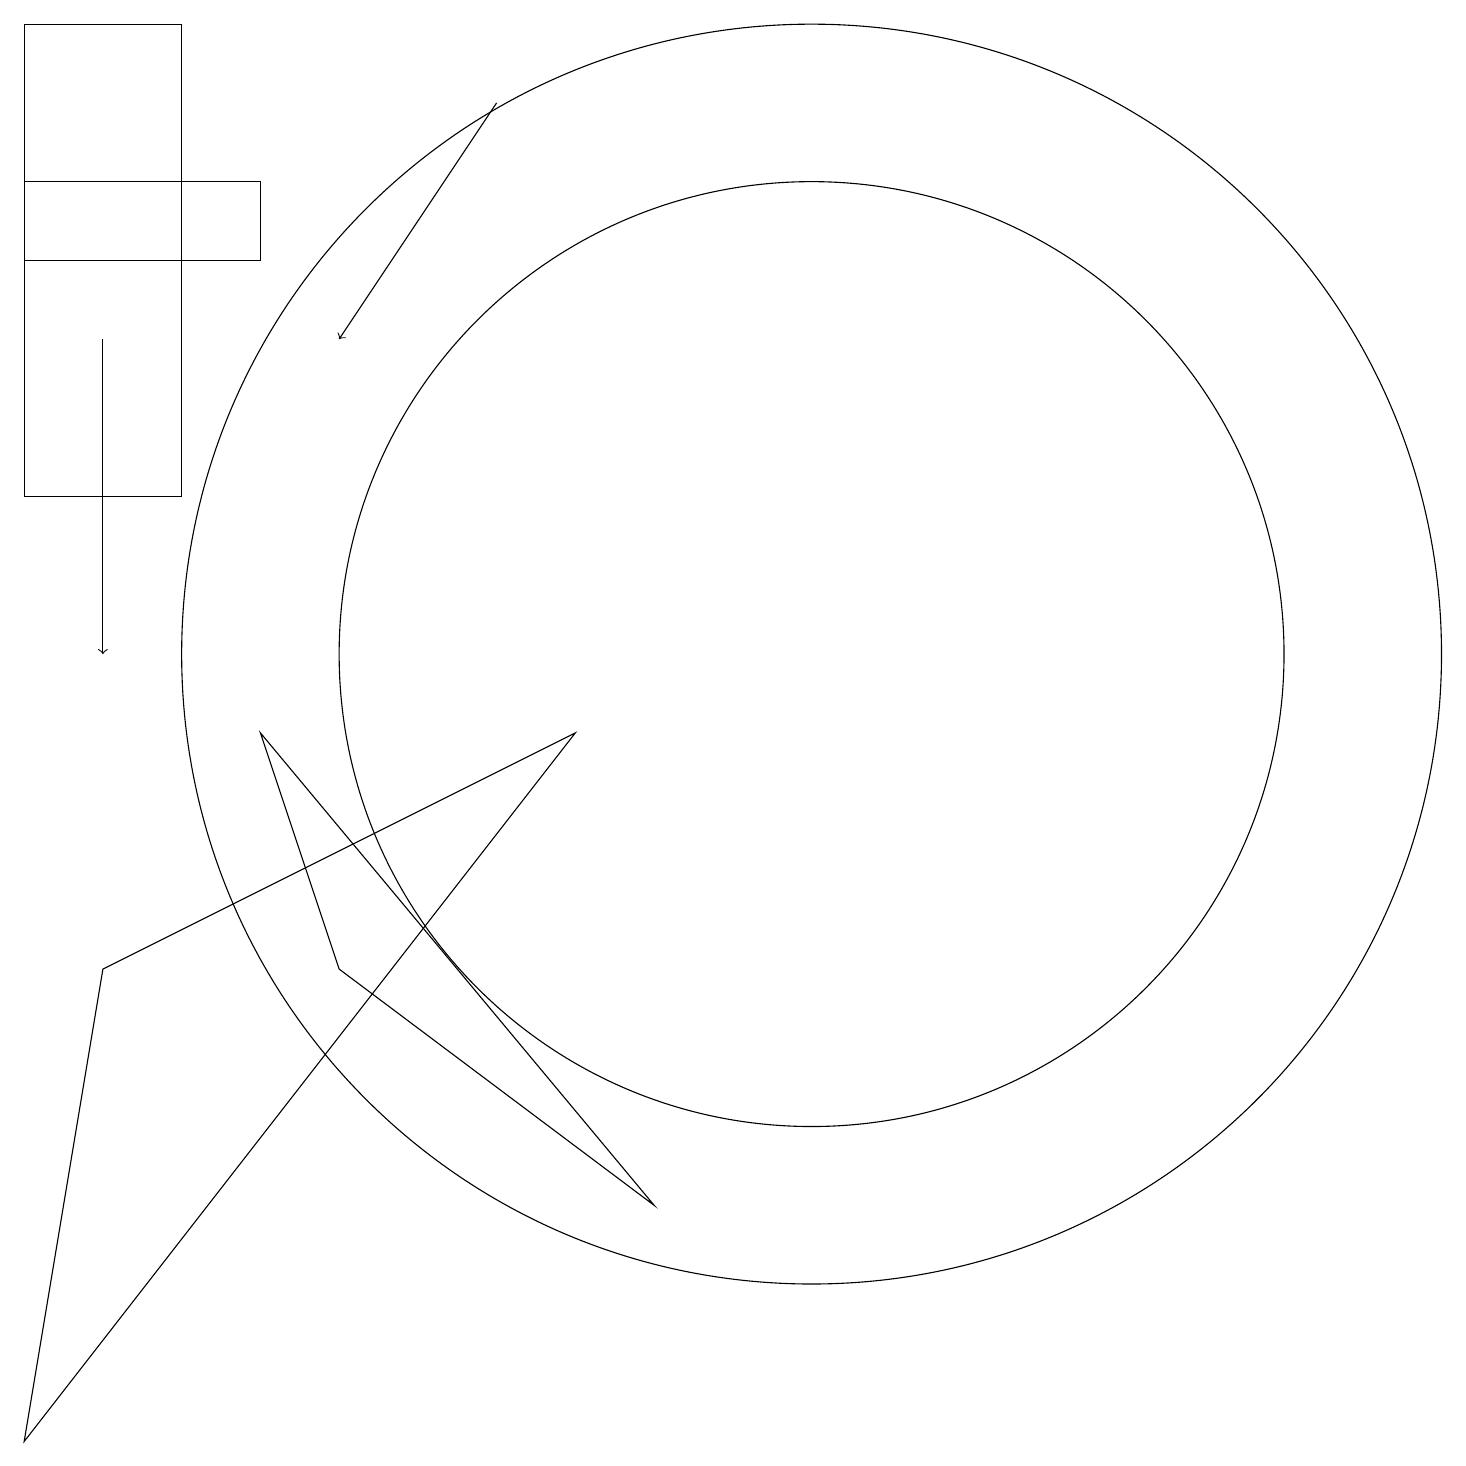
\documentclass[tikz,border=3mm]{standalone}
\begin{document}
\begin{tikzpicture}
\draw (11,10) circle (6);
\draw (5,6) -- (4,9) -- (9,3) -- cycle;
\draw (3,12) rectangle (1,18);
\draw (11,10) circle (8);
\draw (4,16) rectangle (1,15);
\draw (1,0) -- (2,6) -- (8,9) -- cycle;
\draw[->] (7,17) -- (5,14);
\draw[->] (2,14) -- (2,10);
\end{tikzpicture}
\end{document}